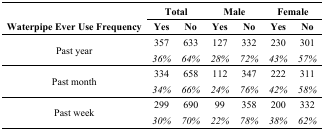
| <ROWSPAN=2> Waterpipe Ever Use Frequency | <COLSPAN=2> Total | <COLSPAN=2> Male | <COLSPAN=2> Female |
 | Yes | No | Yes | No | Yes | No |
 | --- | --- | --- | --- | --- | --- | --- |
 | <ROWSPAN=2> Past year | 357 | 633 | 127 | 332 | 230 | 301 |
 | 36% | 64% | 28% | 72% | 43% | 57% |
 | <ROWSPAN=2> Past month | 334 | 658 | 112 | 347 | 222 | 311 |
 | 34% | 66% | 24% | 76% | 42% | 58% |
 | <ROWSPAN=2> Past week | 299 | 690 | 99 | 358 | 200 | 332 |
 | 30% | 70% | 22% | 78% | 38% | 62% |